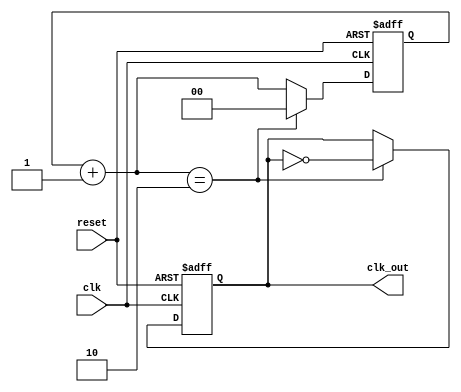
module clk_divby4 (clk,reset, clk_out);
 
input clk;
input reset;
output clk_out;
 
reg [1:0] r_reg;
wire [1:0] r_nxt;
reg clk_track;
 
always @(posedge clk or posedge reset)
 
begin
  if (reset)
     begin
        r_reg <= 3'b0;
	clk_track <= 1'b0;
     end
 
  else if (r_nxt == 2'b10)
 	   begin
	     r_reg <= 0;
	     clk_track <= ~clk_track;
	   end
 
  else 
      r_reg <= r_nxt;
end
 
 assign r_nxt = r_reg+1;   	      
 assign clk_out = clk_track;
endmodule